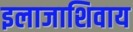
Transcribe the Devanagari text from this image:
इलाजाशिवाय